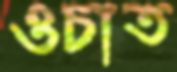
ওচাত